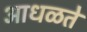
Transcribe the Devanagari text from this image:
आधळते